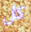
كل